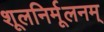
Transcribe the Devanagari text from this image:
शूलनिर्मूलनम्